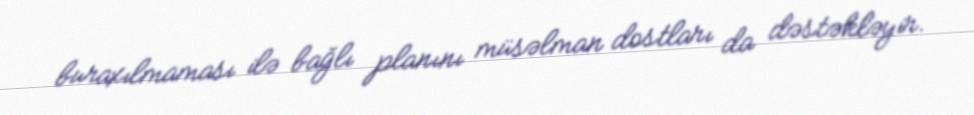
buraxılmaması ilə bağlı planını müsəlman dostları da dəstəkləyir.